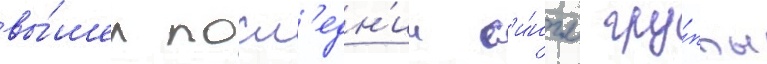
вы́шел посл'едн'ии с'и́нгл гру́ппы